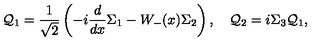
{ \cal Q } _ { 1 } = \frac { 1 } { \sqrt { 2 } } \left( - i \frac { d } { d x } { \Sigma _ { 1 } } - W _ { - } ( x ) \Sigma _ { 2 } \right) , \quad { \cal Q } _ { 2 } = i \Sigma _ { 3 } { \cal Q } _ { 1 } ,